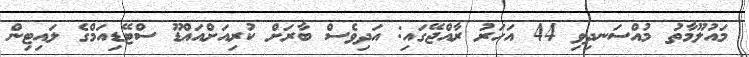
މައުލޫމާތު މުއްސަނދިވި 44 އަހަރު ރާއްޖޭގައި: އަދިވެސް ބާރަށް ކުރިއަށްއައްޑޫ ސްޓޭޑިއަމްގެ ލައިޓިން